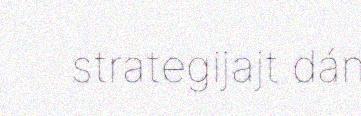
strategijajt dán